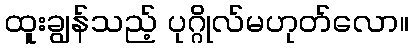
ထူးချွန်သည့် ပုဂ္ဂိုလ်မဟုတ်လော။